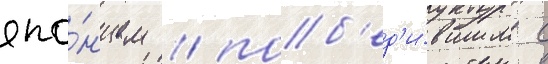
япо́нцем / поб'ед'и́вшим с